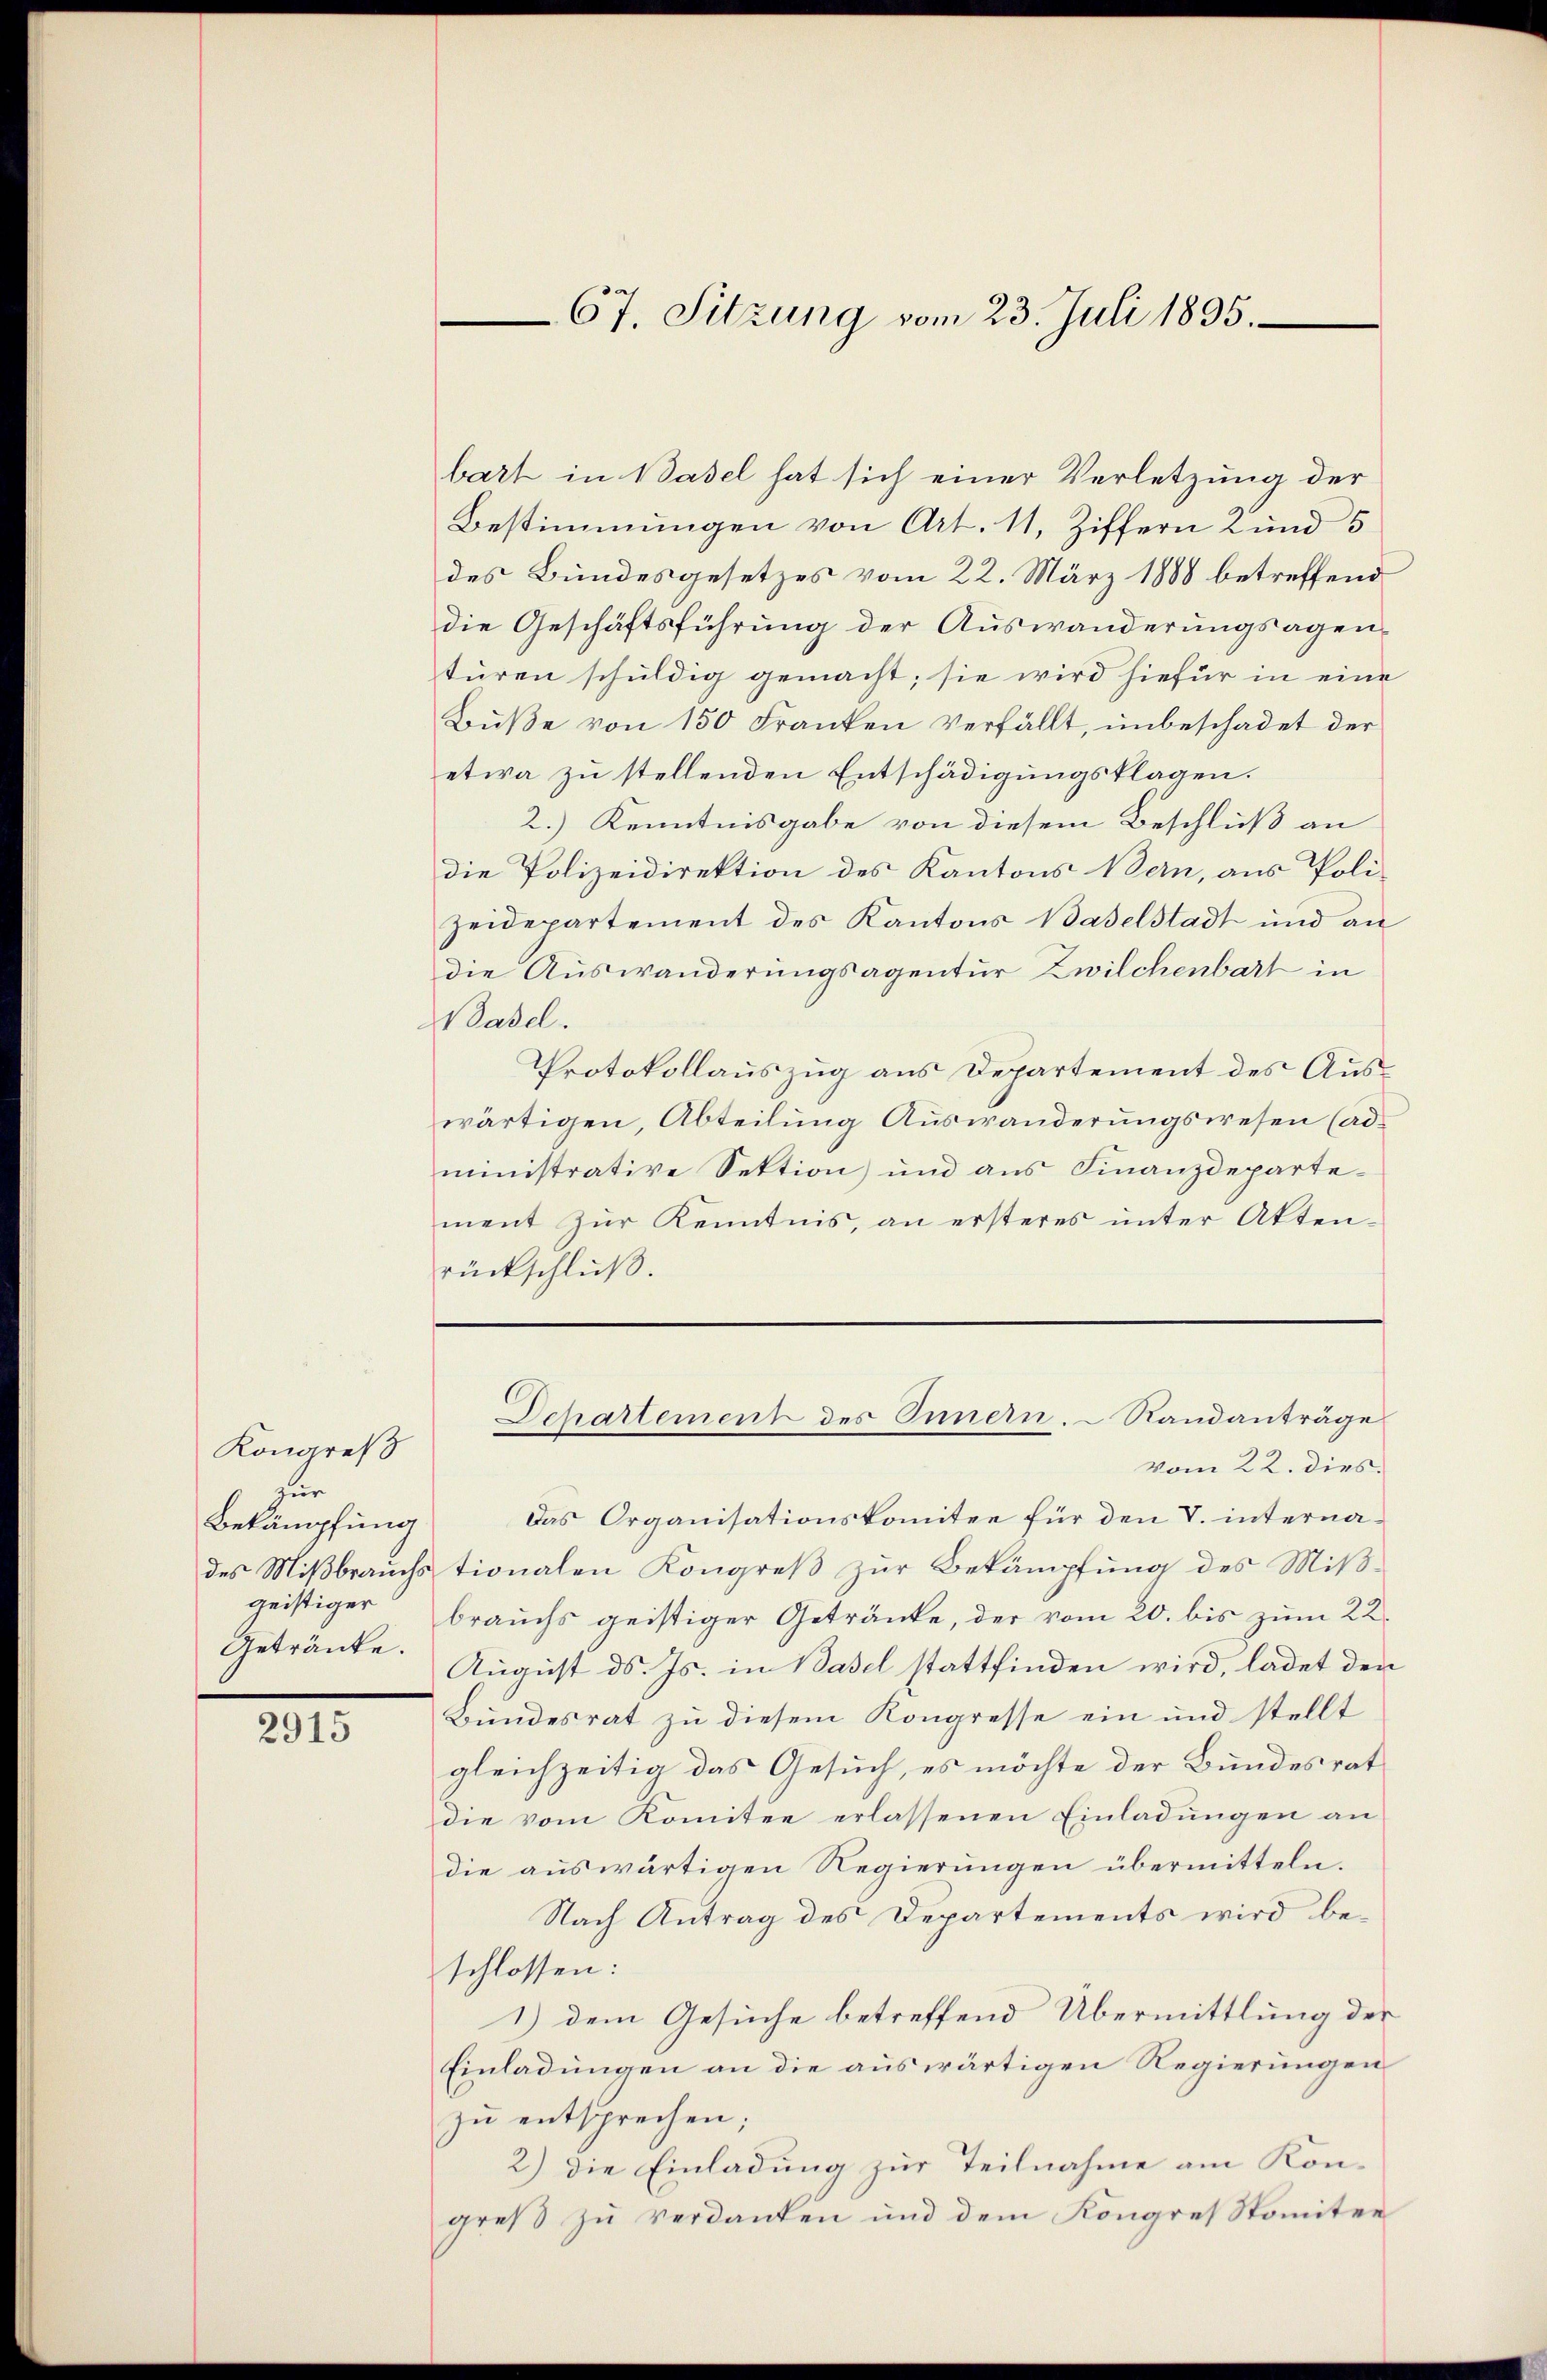
Kongreß
zur
Bekämpfung
Getränke.

2915

bart in Basel hat sich einer Verletzung der
Bestimmungen von Art. 11, Ziffern 2 und 5
des Bundesgesetzes vom 22. März 1888 betreffend
die Geschäftsführung der Auswanderungsagenturen schuldig gemacht; sie wird hiefür in eine
Bŭβe von 150 Franken verfällt, unbeschadet der
etwa zu stellenden Entschädigungsklagen.
2.) Kenntnisgabe von diesem Beschluß an
die Polizeidirektion des Kantons Bern, aus Poli-
Zeidepartement des Kantons Baselstadt und an
die Auswanderungsagentur Zwilchenbart in
Basel.
Protokollauszug aus Departement des Auswärtigen, Abteilung Auswanderungswesen (administrative Sektion) und ans Finanzdeparte-
ment zur Kenntnis, an ersteres unter Aktenrückschlŭβ.

vom 22. dies.
Das Organisationskomitee für den V. internades Miβbraŭchs tionalen Kongreβ zŭr Bekämpfung des Mißgeistiger brauchs geistiger Getränke, der vom 20. bis zum 22.
August ds. Js. in Basel stattfinden wird, ladet den
Bundesrat zu diesem Kongresse ein und stellt
gleichzeitig das Gesuch, es möchte der Bundesrat
die vom Komitee erlassenen Einladŭngen an
die auswärtigen Regierungen übermitteln.
Nach Antrag des Departements wird beschlossen:
1) dem Gesuche betreffend Übermittlung der
Einladungen an die auswärtigen Regierungen
zŭ entsprechen;
2) die Einladung zur Teilnahme am Kongreß zu verdanken und dem Kongres Somitee

67. Sitzung vom 23. Juli 1835.

Departement des Innern. Sandanträge